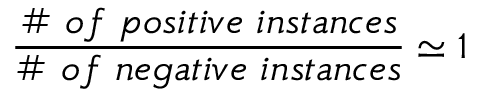
\frac { \# ~ o f ~ p o s i t i v e ~ i n s t a n c e s } { \# ~ o f ~ n e g a t i v e ~ i n s t a n c e s } \simeq { } 1